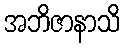
အဘိဇာနာသိ